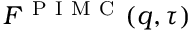
F ^ { \mathrm { ~ P ~ I ~ M ~ C ~ } } ( q , \tau )